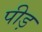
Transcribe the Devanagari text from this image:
पीड़